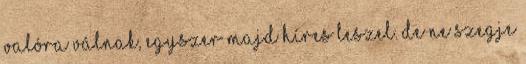
valóra válnak, egyszer majd híres leszel. De ne szegje